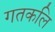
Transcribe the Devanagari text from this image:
गतकलि